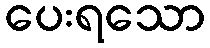
ပေးရသော